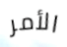
الأمر